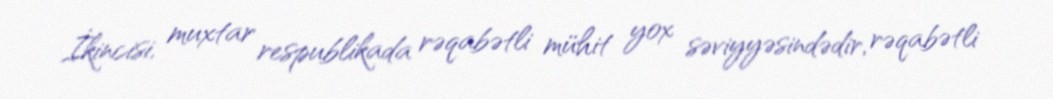
İkincisi, muxtar respublikada rəqabətli mühit yox səviyyəsindədir, rəqabətli